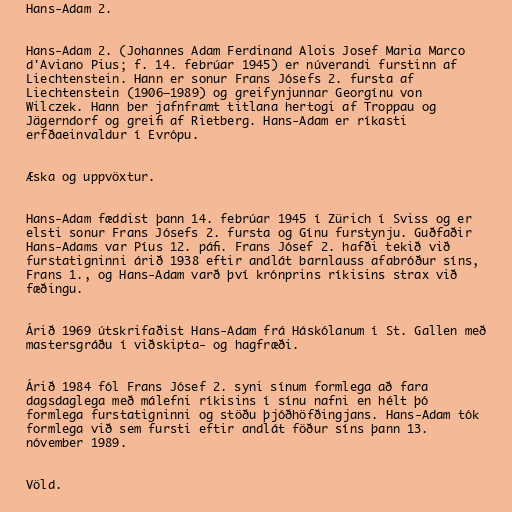
Hans-Adam 2.

Hans-Adam 2. (Johannes Adam Ferdinand Alois Josef Maria Marco
d'Aviano Pius; f. 14. febrúar 1945) er núverandi furstinn af
Liechtenstein. Hann er sonur Frans Jósefs 2. fursta af
Liechtenstein (1906–1989) og greifynjunnar Georgínu von
Wilczek. Hann ber jafnframt titlana hertogi af Troppau og
Jägerndorf og greifi af Rietberg. Hans-Adam er ríkasti
erfðaeinvaldur í Evrópu.

Æska og uppvöxtur.

Hans-Adam fæddist þann 14. febrúar 1945 í Zürich í Sviss og er
elsti sonur Frans Jósefs 2. fursta og Gínu furstynju. Guðfaðir
Hans-Adams var Píus 12. páfi. Frans Jósef 2. hafði tekið við
furstatigninni árið 1938 eftir andlát barnlauss afabróður síns,
Frans 1., og Hans-Adam varð því krónprins ríkisins strax við
fæðingu.

Árið 1969 útskrifaðist Hans-Adam frá Háskólanum í St. Gallen með
mastersgráðu í viðskipta- og hagfræði.

Árið 1984 fól Frans Jósef 2. syni sínum formlega að fara
dagsdaglega með málefni ríkisins í sínu nafni en hélt þó
formlega furstatigninni og stöðu þjóðhöfðingjans. Hans-Adam tók
formlega við sem fursti eftir andlát föður síns þann 13.
nóvember 1989.

Völd.